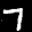
Label: 7